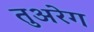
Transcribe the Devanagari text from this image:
तुअरेग